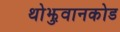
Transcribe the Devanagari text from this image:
थोझुवानकोड